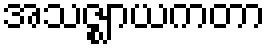
အသဇ္ဈာယကတာ